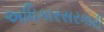
અધિકારસરકારી